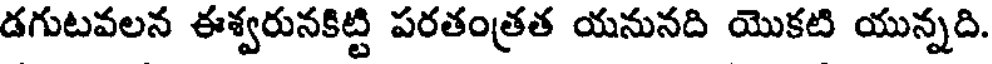
డగుటవలన ఈశ్వరునకిట్టి పరతంత్రత యనునది యొకటి యున్నది.